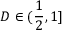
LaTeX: D \in ( { \frac { 1 } { 2 } } , 1 ]